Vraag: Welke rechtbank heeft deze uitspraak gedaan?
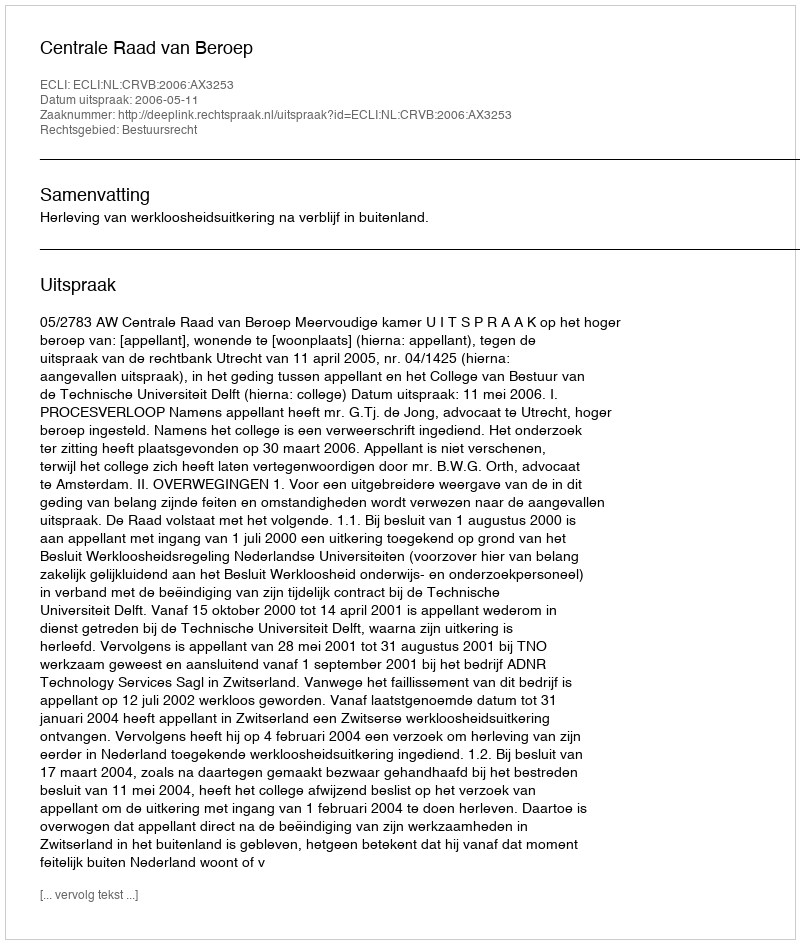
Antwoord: Centrale Raad van Beroep